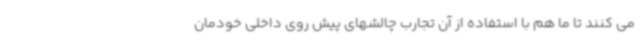
می کنند تا ما هم با استفاده از آن تجارب چالشهای پیش روی داخلی خودمان